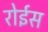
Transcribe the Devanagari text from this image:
रोईस